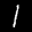
Label: 1